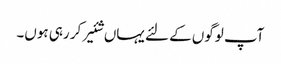
آپ لوگوں کے لئے یہاں شئیر کر رہی ہوں۔